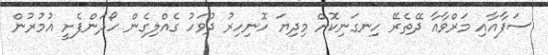
ސަފާއާއި މަރްވާއާ ދޭތެރޭ ހިނގަނިކޮށް މިދިޔަ ހޮނިހިރު ދުވަހު ގެއްލިގެން ހޯދަންފެށީ އުމުރުން